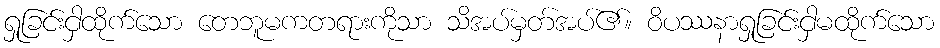
ရှုခြင်းငှါထိုက်သော တေဘူမကတရားကိုသာ သိအပ်မှတ်အပ်၏။ ဝိပဿနာရှုခြင်းငှါမထိုက်သော